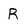
Character: R